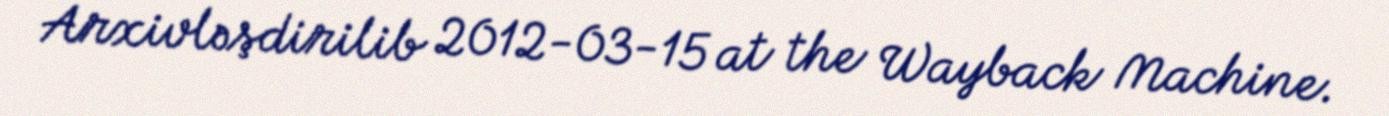
Arxivləşdirilib 2012-03-15 at the Wayback Machine.